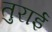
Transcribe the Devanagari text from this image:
तुराई